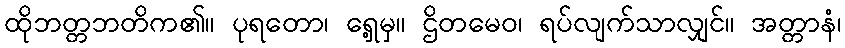
ထိုဘတ္တဘတိက၏။ ပုရတော၊ ရှေ့မှ။ ဌိတမေဝ၊ ရပ်လျက်သာလျှင်။ အတ္တာနံ၊